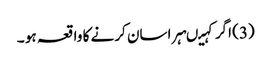
(3) اگر کہیںہراسان کرنے کا واقعہ ہو ۔